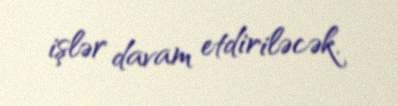
işlər davam etdiriləcək.